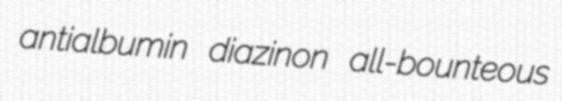
antialbumin diazinon all-bounteous